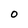
Character: O